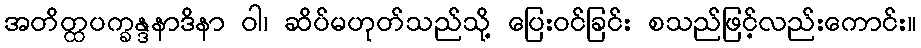
အတိတ္ထပက္ခန္ဒနာဒိနာ ဝါ၊ ဆိပ်မဟုတ်သည်သို့ ပြေးဝင်ခြင်း စသည်ဖြင့်လည်းကောင်း။